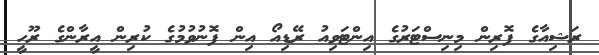
ރަޝިއާގެ ފޮރިން މިނިސްޓަރުގެ އިންޓަވިއު ރޭޑިއޯ އިން ފޮނުވުމުގެ ކުރިން އީރާންގެ ރޫހީ